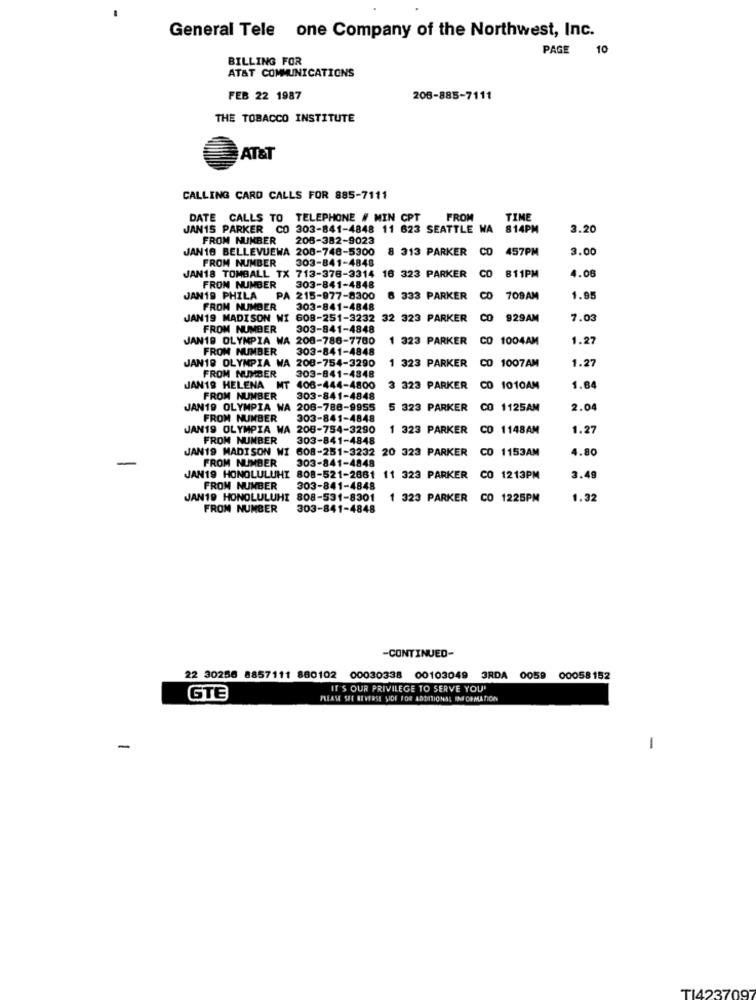
General Tele one Company of the Northwest, Inc.
PAGE 10
BILLING FOR
AT&T COMMUNICATIONS
FEB 22 1987
208-885-7111
THE TOBACCO INSTITUTE
AT&T
CALLING CARD CALLS FOR 885-7111
DATE CALLS TO TELEPHONE # MIN CPT
FROM
TIME
JAN15 PARKER CO 303-841-4848 11 623 SEATTLE WA 814PM
3.20
FROM NUMBER
206-382-9023
JAN18 BELLEVUEWA 208-748-5300
8 313 PARKER CO 457PM
457PM
3.00
FROM NUMBER
303-841-4848
CO
811PM
4.08
JAN18 TOMBALL TX 713-378-3314
16 323 PARKER
FROM NUMBER
303-841-4848
JAN19 PHILA PA 215-977-8300
6 333 PARKER
CO
708AM
1.95
FROM NUMBER
303-841-4848
JAN19 MADISON WI 608-251-3232 32 323 PARKER
CO
929AM
7.03
FROM NUMBER
303-841-4848
JAN19 OLYMPIA WA 208-786-7780
1 323 PARKER CO 1004AM
1.27
FROM NUMBER 303-841-4848
1 323 PARKER
1.27
JAN19 OLYMPIA WA 208-754-3290
303-841-4848
CO 1007AM
FROM NUMBER
JAN19 HELENA MT 406-444-4800
3 323 PARKER
CO 1010AM
1.64
FROM NUMBER
303-841-4848
JAN19 OLYMPIA WA 206-788-9955
5 323 PARKER
CO 1125AM
2.04
FROM NUMBER
303-841-4848
JAN19 OLYMPIA WA 208-754-3290
1 323 PARKER
D 1148AM
1.27
FROM NUMBER
303-841-4848
JAN19 MADISON WI 608-251-3232 20 323 PARKER
CO 1153AM
4.80
-
FROM NUMBER
303-841-4848
JAN19 HONOLULUHI 808-521-2681 11 323 PARKER
CO 1213PM
3.49
FROM NUMBER
303-841-4848
JAN19 HONOLULUHI 808-531-8301
1 323 PARKER
CO 1225PM
1.32
FROM NUMBER
303-841-4848
-CONTINUED-
22 30256 8857111 880102
00030338
00103049
3RDA 0059 00058152
IT'S OUR PRIVILEGE TO SERVE YOU'
GTE
PLEASE SEE REVERSE SIDE FOR ADDITIONAL INFORMATION
-
-
TI423709